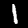
Label: 1